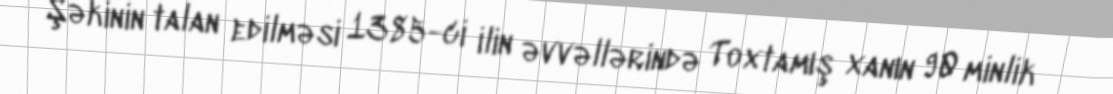
Şəkinin talan edilməsi 1385-ci ilin əvvəllərində Toxtamış xanın 90 minlik